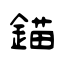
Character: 錨